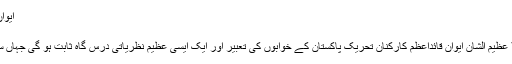
ایوانِ قائداعظمؒ میں نظریاتی تعلیمی سرگرمیوں کا آغاز
محمد سیف اللہ چوہدری
نظریۂ پاکستان ٹرسٹ کے زیراہتمام تعمیر ہونیوالا عظیم الشان ایوان قائداعظمؒ کارکنان تحریک پاکستان کے خوابوں کی تعبیر اور ایک ایسی عظیم نظریاتی درس گاہ ثابت ہو گی جہاں سے افکار قائداعظمؒ کی روشنی چہار سُو پھیلے گی۔